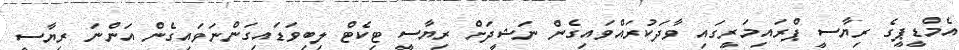
އެމްޑީޕީގެ ރިޔާސީ ޕްރައިމަރީގައި ވާދަކުރައްވައިގެން ނަޝީދަށް ރިޔާސީ ޓިކެޓް ލިބިވަޑައިގަންނަވައިގެން އަންނަ ރިޔާސީ